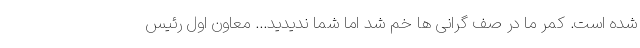
شده است. کمر ما در صف گرانی ها خم شد اما شما ندیدید... معاون اول رئیس